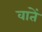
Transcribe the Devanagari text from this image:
वातें